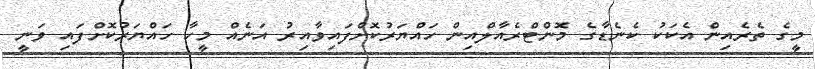
މީގެ ތެރެއިން އެކަކު ކެނެޑާގެ މޮންޓްރެއާލްއިން ހައްޔަރުކޮށްފައިވާއިރު އަނެއް މީހާ ހައްޔަރުކޮށްފައި ވަނީ